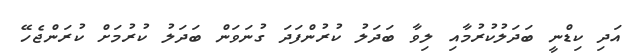
އަދި ކިޑްނީ ބަދަލުކުރުމާއި ލިވާ ބަދަލު ކުރުންފަދަ ގުނަވަން ބަދަލު ކުރުމަށް ކުރަންޖެހޭ